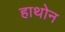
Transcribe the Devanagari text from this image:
हाथोन